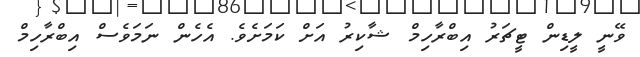
ވޭނީ ލީޑިން ޓީޗަރު އިބްރާހިމް ޝާކިރު އަށް ކަމަށެވެ. އެހެން ނަމަވެސް އިބްރާހިމް